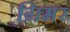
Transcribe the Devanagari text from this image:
ग्रिमर